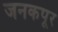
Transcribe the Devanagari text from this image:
जनकपूर